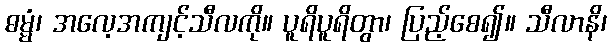
ဓမ္မံ၊ အလေ့အကျင့်သီလကို။ ပူရိပူရိတွာ၊ ပြည့်စေ၍။ သီလာနိ၊